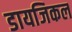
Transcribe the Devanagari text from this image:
डायजिकल